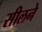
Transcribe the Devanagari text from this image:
सीलने